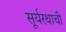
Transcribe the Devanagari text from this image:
सूर्यरथाची